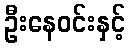
ဦးနေဝင်းနှင့်